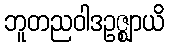
ဘူတညဝါဒဥဇ္ဈာယိ